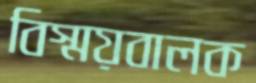
বিস্ময়বালক